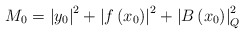
\begin{align*}\begin{array}[c]{l}M_{0}=\left\vert y_{0}\right\vert ^{2}+\left\vert f\left( x_{0}\right)\right\vert ^{2}+\left\vert B\left( x_{0}\right) \right\vert _{Q}^{2}\end{array}\end{align*}